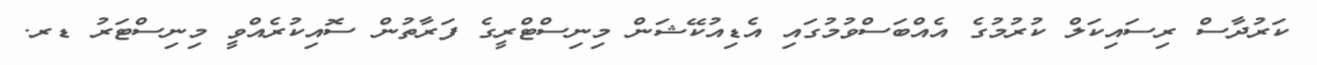
ކަރުދާސް ރިސައިކަލް ކުރުމުގެ އެއްބަސްވުމުގައި އެޑިއުކޭޝަން މިނިސްޓްރީގެ ފަރާތުން ސޮއިކުރެއްވީ މިނިސްޓަރު ޑރ.